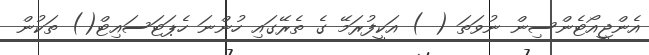
އެންޖީއޯޓެންސިން ނުވަތަ ( ) އަކީފުރަމޭ ގެ ތެރޭގައި ހުންނަ ހެޕަޓަސައިޓް() ތަކުން